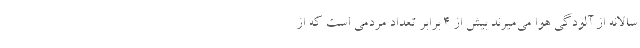
سالانه از آلودگی هوا می‌میرند بیش از ۴ برابر تعداد مردمی است که از